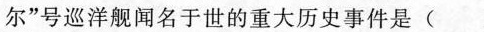
尔”号巡洋舰闻名于世的重大历史事件是(